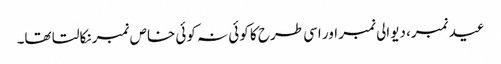
عید نمبر، دیوالی نمبر اور اسی طرح کا کوئی نہ کوئی خاص نمبر نکالتا تھا۔